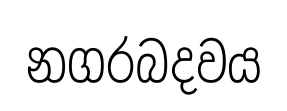
නගරබදවය